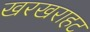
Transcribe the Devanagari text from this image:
खरखराहट